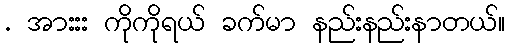
. အားးး ကိုကိုရယ် ခက်မာ နည်းနည်းနာတယ်။